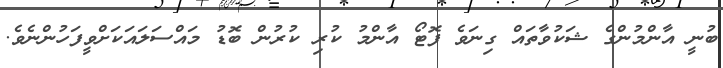
ބުނީ އާންމުންގެ ޝަކުވާތައް ގިނަވެ ފޮޓޯ އާންމު ކުރި ކުރުން ބޮޑު މައްސަލައަކަށްވީފަހުންނެވެ.